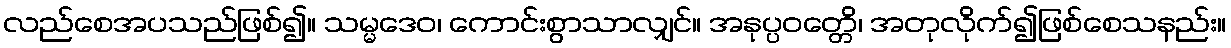
လည်စေအပသည်ဖြစ်၍။ သမ္မဒေဝ၊ ကောင်းစွာသာလျှင်။ အနုပ္ပဝတ္တေိ၊ အတုလိုက်၍ဖြစ်စေသနည်း။